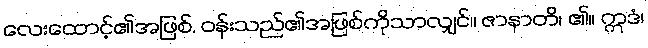
လေးထောင့်၏အဖြစ်, ဝန်းသည်၏အဖြစ်ကိုသာလျှင်။ ဇာနာတိ၊ ၏။ ဣဒံ၊